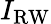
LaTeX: I_{\mathrm{RW}}